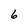
Character: 6